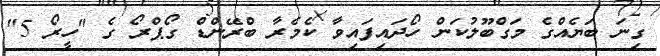
ގިނަ ބަޔެއްގެ މަގްބޫލުކަން ހޯދައިފައިވާ ކެމެރާ ބްރޭންޑް ގޯޕްރޯ ގެ "ހީރޯ 5"